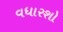
વધારશો